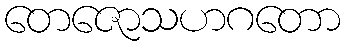
တေဇောသဟဂတော